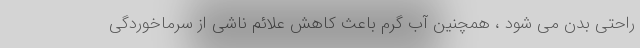
راحتی بدن می شود ، همچنین آب گرم باعث کاهش علائم ناشی از سرماخوردگی